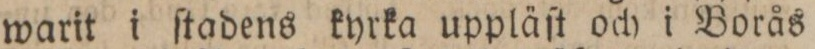
warit i ſtadens kyrka uppläſt och i Borås